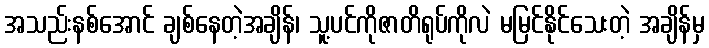
အသည်းနစ်အောင် ချစ်နေတဲ့အချိန်၊ သူ့ပင်ကိုဇာတိရုပ်ကိုလဲ မမြင်နိုင်သေးတဲ့ အချိန်မှ